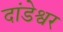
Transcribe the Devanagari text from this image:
दांडेश्वर